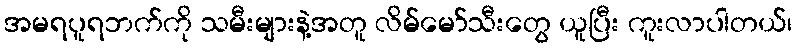
အမရပူရဘက်ကို သမီးများနဲ့အတူ လိမ်မော်သီးတွေ ယူပြီး ကူးလာပါတယ်၊